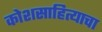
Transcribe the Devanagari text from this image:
कोशसाहित्याचा